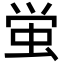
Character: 蛍